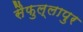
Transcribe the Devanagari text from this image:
सैफुल्लापुर